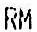
RM